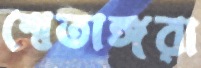
শ্বেতাঙ্গরা